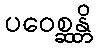
ပဝေစ္ဆန္တိ